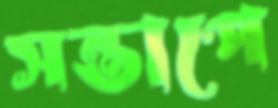
সন্তাপে